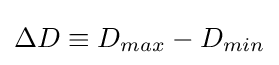
\Delta D\equiv D_{max}-D_{min}